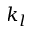
k _ { l }